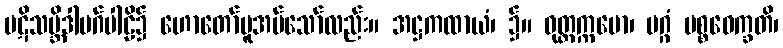
ပဋိသမ္ဘိဒါမဂ်ပါဠိ၌ ဟောတော်မူအပ်သော်လည်း။ အဋ္ဌကထာယံ၊ ၌။ ဝုတ္တက္ကမော၊ မဂ္ဂံ ပစ္စဝေက္ခတိ၊